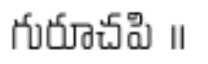
గురూచపి ॥